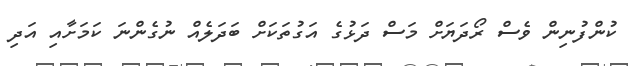
ކުންފުނިން ވެސް ރޯދަޔަށް މަސް ދަޅުގެ އަގުތަކަށް ބަދަލެއް ނުގެންނަ ކަމަށާއި އަދި